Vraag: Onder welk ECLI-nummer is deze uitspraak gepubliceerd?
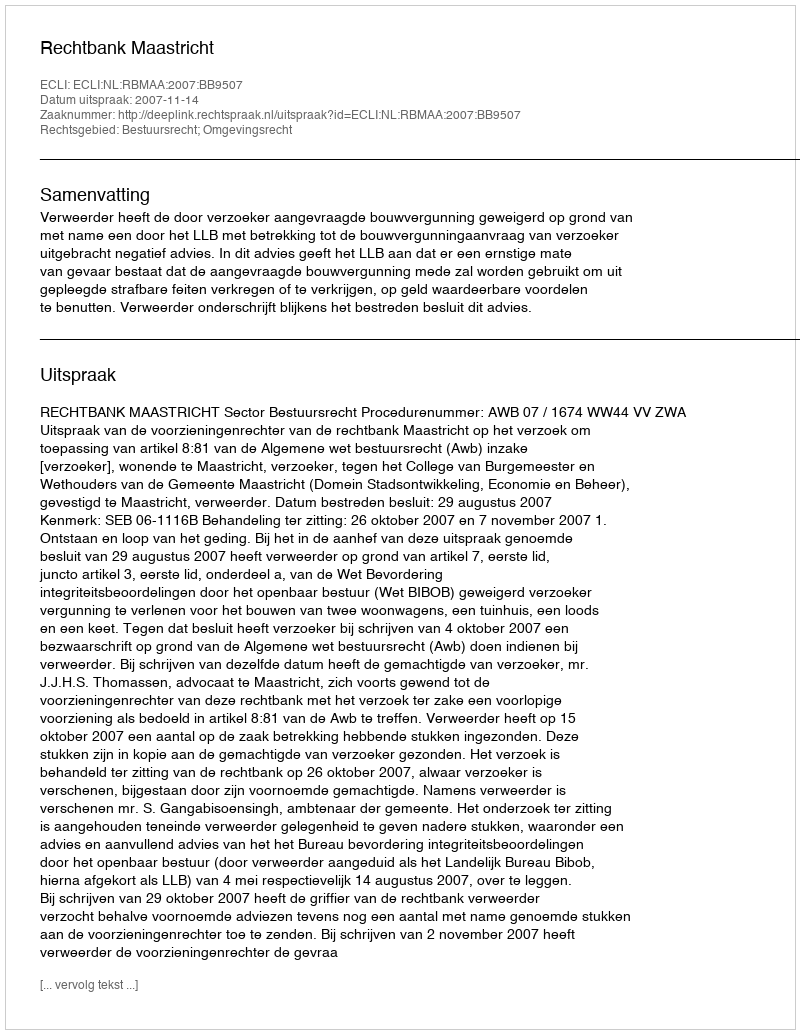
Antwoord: ECLI:NL:RBMAA:2007:BB9507